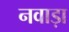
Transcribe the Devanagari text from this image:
नवाड़ा